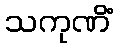
သကုဏိံ